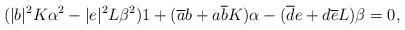
LaTeX: \begin{align*}(|b|^{2}K\alpha^{2}-|e|^{2}L\beta^{2})1+(\overline{a}b+a\overline{b}K)\alpha-(\overline{d}e+d\overline{e}L)\beta=0,\end{align*}